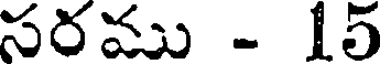
సరము - 15